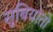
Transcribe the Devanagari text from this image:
सुबियांतो